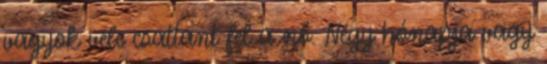
vagyok vele csattant fel a nő. Négy hónapja vagy